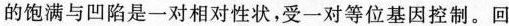
的饱满与凹陷是一对相对性状，受一对等位基因控制。回